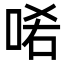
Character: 𠳈